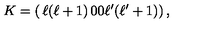
K = \left( \begin{matrix} { \ell ( \ell + 1 ) } & { 0 } \\ { 0 } & { \ell ^ { \prime } ( \ell ^ { \prime } + 1 ) } \\ \end{matrix} \right) ,